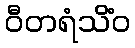
ဝီတရံသိံဝ